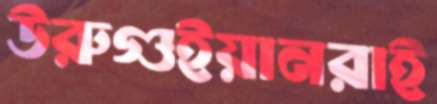
উরুগুইয়ানরাই